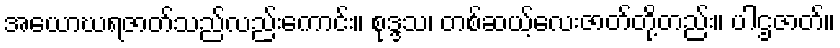
အယောဃရဇာတ်သည်လည်းကောင်း။ စုဒ္ဒသ၊ တစ်ဆယ့်လေးဇာတ်တို့တည်း။ ပါဌဇာတ်။